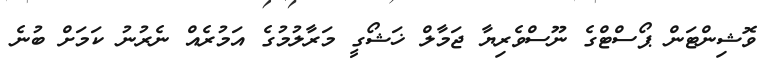
ވޮޝިންޓަން ޕޯސްޓްގެ ނޫސްވެރިޔާ ޖަމާލް ޚަޝޯގީ މަރާލުމުގެ އަމުރެއް ނެރުނު ކަމަށް ބުނެ